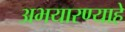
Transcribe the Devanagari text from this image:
अभयारण्याहे